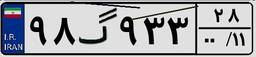
۹۸گ۹۳۳۲۸